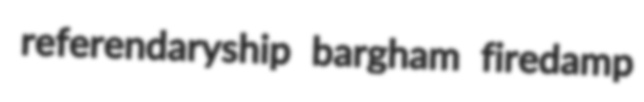
referendaryship bargham firedamp